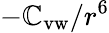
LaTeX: -\mathbb{C}_{\mathrm{{vw}}}/r^{6}